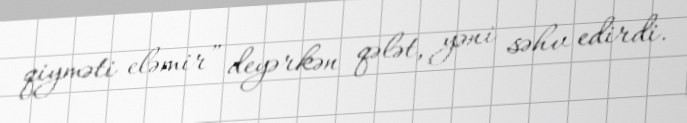
qiyməti eləmir” deyərkən qələt, yəni səhv edirdi.